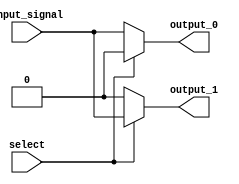
module demux_1to2 (
    input input_signal,
    input select,
    output reg output_0,
    output reg output_1
);

always @(*) begin
    output_0 = select ? 0 : input_signal;
    output_1 = select ? input_signal : 0;
end

endmodule